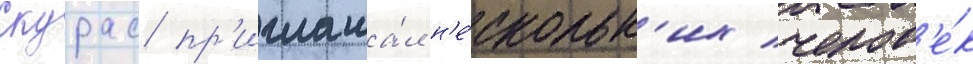
Скурас пр'иглаша́л н'е́скольк'их челов'е́к